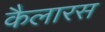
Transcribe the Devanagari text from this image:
कैलारस